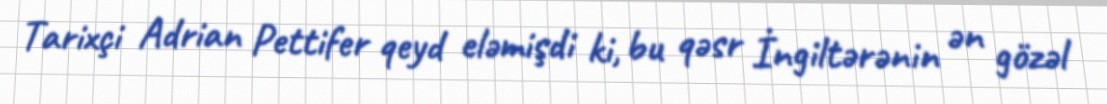
Tarixçi Adrian Pettifer qeyd eləmişdi ki, bu qəsr İngiltərənin ən gözəl